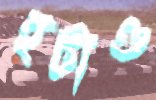
হটাও